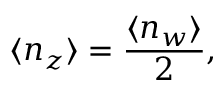
\langle n _ { z } \rangle = \displaystyle { \frac { \langle n _ { w } \rangle } { 2 } } ,